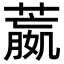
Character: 𦻯